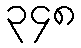
၃၄၈